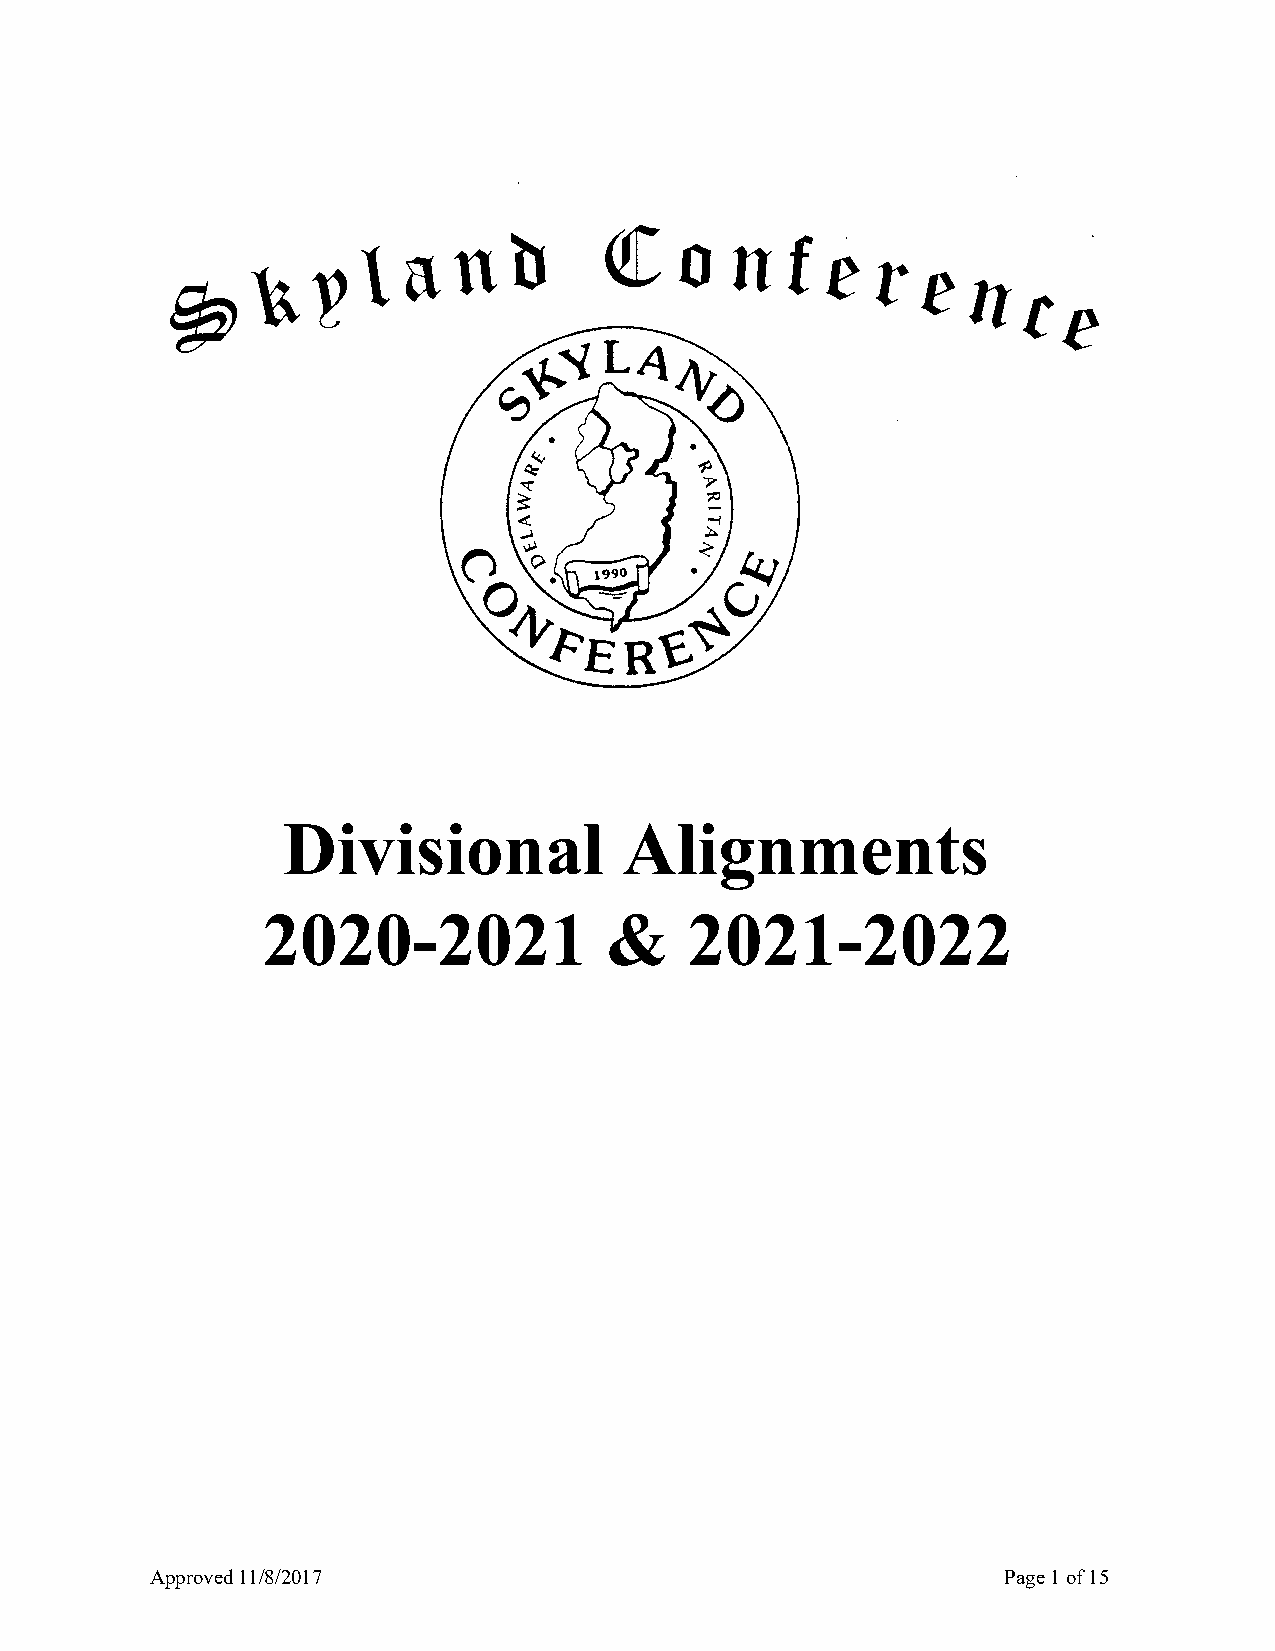
Divisional            Alignments
 2020-2021              &     2021-2022
 Approved 11/8/2017                                      Page 1 of 15